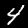
Label: 4